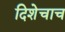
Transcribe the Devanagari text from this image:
दिशेचाच